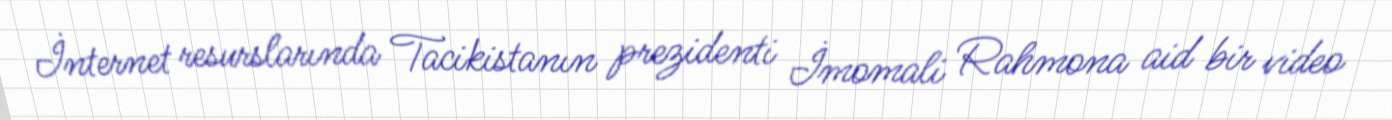
İnternet resurslarında Tacikistanın prezidenti İmomali Rahmona aid bir video